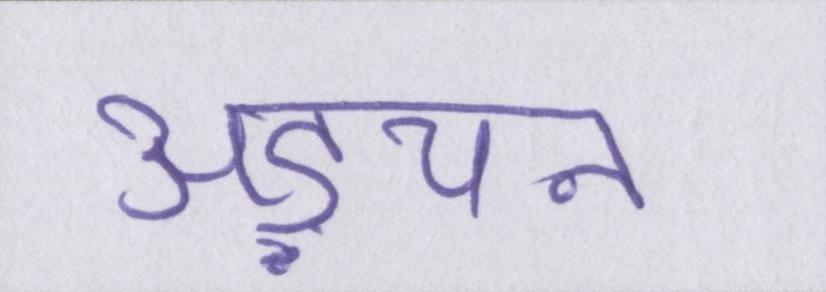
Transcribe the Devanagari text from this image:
अड़चन